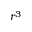
r ^ { 3 }